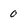
Character: 0